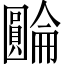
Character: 𡈺